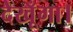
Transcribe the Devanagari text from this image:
देखूँगा।